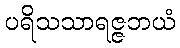
ပရိသသာရဇ္ဇဘယံ